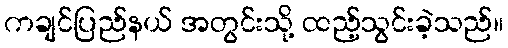
ကချင်ပြည်နယ် အတွင်းသို့ ထည့်သွင်းခဲ့သည်။